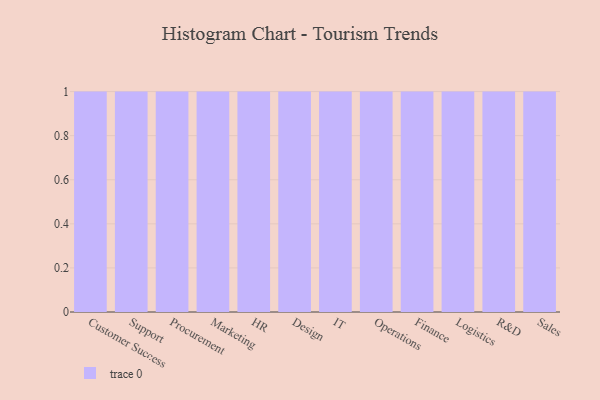
{"axis": {"x": "Department", "y": "Demand Index"}, "legend": [""], "data": [{"x": "Customer Success", "y": 70, "type": ""}, {"x": "Support", "y": 24, "type": ""}, {"x": "Procurement", "y": 90, "type": ""}, {"x": "Marketing", "y": 61, "type": ""}, {"x": "HR", "y": 6, "type": ""}, {"x": "Design", "y": 90, "type": ""}, {"x": "IT", "y": 36, "type": ""}, {"x": "Operations", "y": 80, "type": ""}, {"x": "Finance", "y": 30, "type": ""}, {"x": "Logistics", "y": 51, "type": ""}, {"x": "R&D", "y": 62, "type": ""}, {"x": "Sales", "y": 31, "type": ""}]}